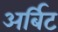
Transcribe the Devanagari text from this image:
अर्बिट